Lunatic asylums Bombay report 1878-1890 - 1878-1890
Year: 1878
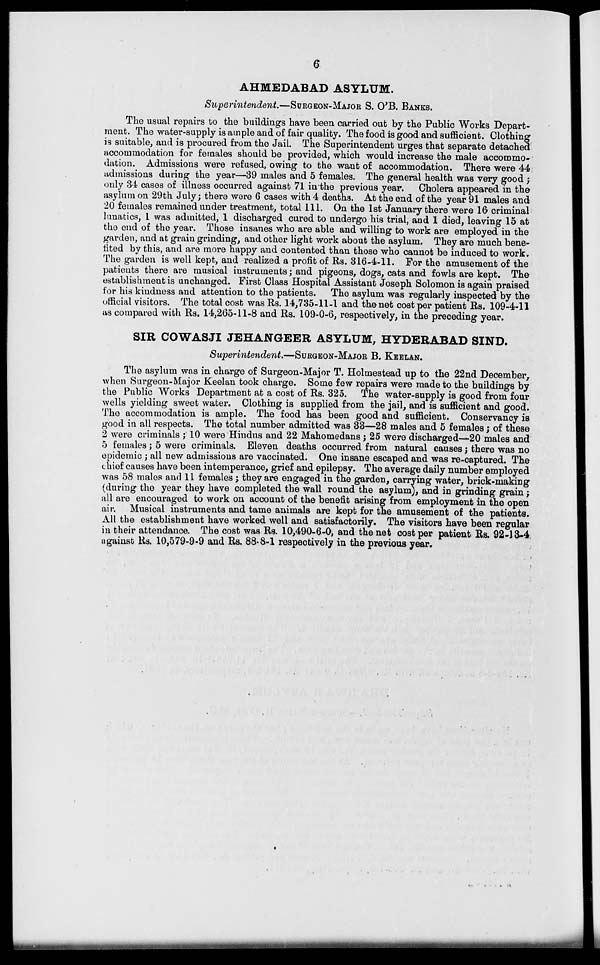
6
AHMEDABAD
ASYLUM.
Superitendent.—SURGEON-MAJOR S. O'B. BANKS.
The usual repairs to the buildings have been carried out by the Public Works Depart-
ment. The water-supply is ample and of fair quality. The food is good and sufficient. Clothing
is suitable, and is procured from the Jail. The Superintendent urges that separate detached
accommodation for females should be provided, which would increase the male accommo-
dation. Admissions were refused, owing to the want of accommodation. There were 44
admissions during the year—39 males and 5 females. The general health was very good ;
only 34 cases of illness occurred against 71 in the previous year. Cholera appeared in the
asylum on 29th July; there were 6 cases with 4 deaths. At the end of the year 91 males and
20 females remained under treatment, total 111. On the 1st January there were 16 criminal
lunatics, 1 was admitted, 1 discharged cured to undergo his trial, and 1 died, leaving 15 at
the end of the year. Those insanes who are able and willing to work are employed in the
garden, and at grain grinding, and other light work about the asylum. They are much bene-
fited by this, and are more happy and contented than those who cannot be induced to work.
The garden is well kept, and realized a profit of Rs. 316-4-11. For the amusement of the
patients there are musical instruments; and pigeons, dogs, cats and fowls are kept. The
establishment is unchanged. First Class Hospital Assistant Joseph Solomon is again praised
for his kindness and attention to the patients. The asylum was regularly inspected by the
official visitors. The total cost was Rs. 14,735-11-1 and the net cost per patient Rs. 109-4-11
as compared with Rs. 14,265-11-8 and Rs. 109-0-6, respectively, in the preceding year.
SIR COWASJI JEHANGEER ASYLUM, HYDERABAD SIND.
Superintendent.—SURGEON-MAJOR B. KEELAN.
The asylum was in charge of Surgeon-Major T. Holmestead up to the 22nd December,
when Surgeon-Major Keelan took charge. Some few repairs were made to the buildings by
the Public Works Department at a cost of Rs. 325. The water-supply is good from four
wells yielding sweet water. Clothing is supplied from the jail, and is sufficient and good
The accommodation is ample. The food has been good and sufficient. Conservancy is
good in all respects. The total number admitted was 33—28 males and 5 females; of these
2 were criminals ; 10 were Hindus and 22 Mahomedans; 25 were discharged—20 males and
5 females; 5 were criminals. Eleven deaths occurred from natural causes; there was no
epidemic ; all new admissions are vaccinated. One insane escaped and was re-captured. The
chief causes have been intemperance, grief and epilepsy. The average daily number employed
was 58 males and 11 females; they are engaged in the garden, carrying water, brick-making
(during the year they have completed the wall round the asylum), and in grinding grain;
all are encouraged to work on account of the benefit arising from employment in the open
air. Musical instruments and tame animals are kept for the amusement of the patients.
All the establishment have worked well and satisfactorily. The visitors have been regular
in their attendance. The cost was Rs. 10,490-6-0, and the net cost per patient Rs. 92-13-4
against Rs. 10,579-9-9 and Rs. 88-8-1 respectively in the previous year.